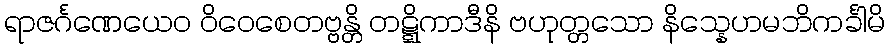
ရာဇင်္ဂဏေယေဝ ဝိဝေစေတဗ္ဗန္တိ တဋ္ဋိကာဒီနိ ဗဟုတ္တသော နိသ္နေဟမဘိကင်္ခါမိ